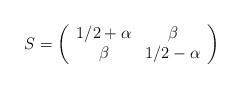
\begin{align*}S=\left(\begin{array}{cc}1/2+\alpha&\beta\\\beta&1/2-\alpha\end{array}\right)\end{align*}